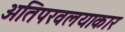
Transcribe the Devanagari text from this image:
अतिपरवलयाकार